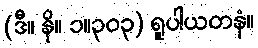
(ဒီ။ နိ။ ၁။၃၀၃) ရူပါယတနံ။